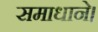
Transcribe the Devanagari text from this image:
समाधाने।